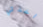
اخذتي